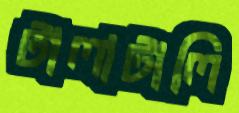
টালাটালি